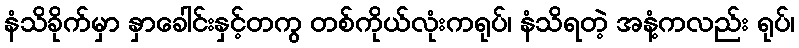
နံသိခိုက်မှာ နှာခေါင်းနှင့်တကွ တစ်ကိုယ်လုံးကရုပ်၊ နံသိရတဲ့ အနံ့ကလည်း ရုပ်၊